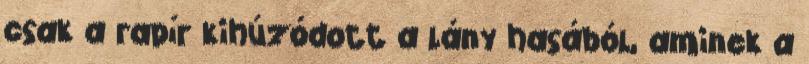
csak a rapír kihúzódott a lány hasából, aminek a